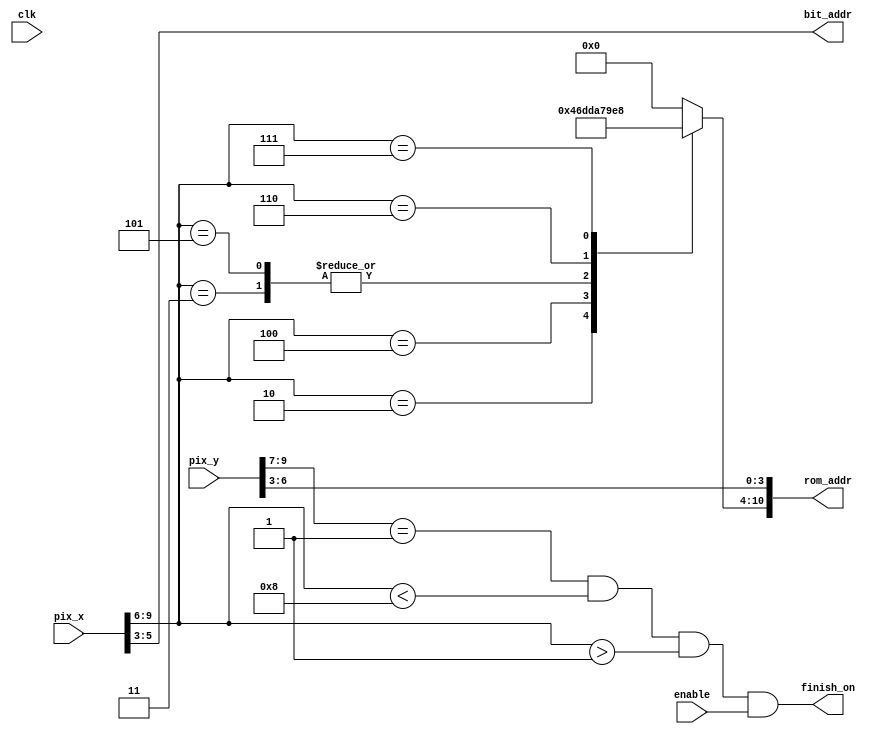
`timescale 1ns / 1ps
//////////////////////////////////////////////////////////////////////////////////
// Company: 
// 
// Design Name: 
// Module Name: finish
// Project Name: 
// Target Devices: 
// Tool Versions: 
// Description: 
// 
// Dependencies: 
// 
// Revision:
// Revision 0.01 - File Created
// Additional Comments:
// 
//////////////////////////////////////////////////////////////////////////////////


module finish(
input wire clk, enable,
input wire [9:0] pix_x, pix_y,
output wire finish_on,
output wire [2:0] bit_addr,
output wire [10:0] rom_addr);


wire [3:0] row_addr;
reg [6:0] char_addr;

assign row_addr = pix_y [6:3];
assign bit_addr = pix_x [5:3];
assign rom_addr = {char_addr, row_addr};
assign finish_on = (pix_y [9: 7] ==1) && (pix_x [9: 6] <8)
                     && (pix_x [9: 6] >1) && enable;
 
always @*
case (pix_x [9:6])
4'h2: char_addr = 7'h46; // F
4'h3: char_addr = 7'h69; // i
4'h4: char_addr = 7'h6e; // n
4'h5: char_addr = 7'h69; // i
4'h6: char_addr = 7'h73; // s
4'h7: char_addr = 7'h68; // h
default: char_addr = 7'h00; // 
endcase

endmodule